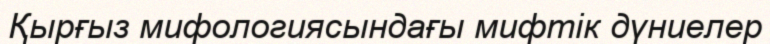
Қырғыз мифологиясындағы мифтік дүниелер